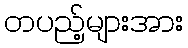
တပည့်များအား